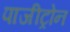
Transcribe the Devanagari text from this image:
पाजीट्रोन